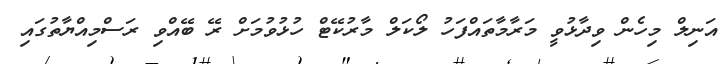
އަނިލް މިހެން ވިދާޅުވީ މަރާމާތައްފަހު ލޯކަލް މާރުކޭޓް ހުޅުވުމަށް ރޭ ބޭއްވި ރަސްމިއްޔާތުގައި